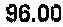
96.00